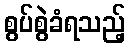
စွပ်စွဲခံရသည့်